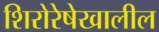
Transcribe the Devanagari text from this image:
शिरोरेषेखालील